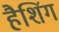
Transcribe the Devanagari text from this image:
हैशिंग